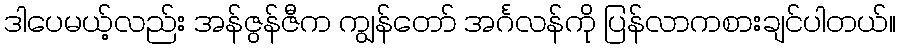
ဒါပေမယ့်လည်း အန်ဇွန်ဇီက ကျွန်တော် အင်္ဂလန်ကို ပြန်လာကစားချင်ပါတယ်။